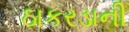
ઠાકરડાની